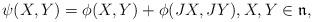
LaTeX: \begin{align*} \psi (X,Y) = \phi(X,Y) + \phi(JX ,JY) , X,Y \in \mathfrak{n},\end{align*}